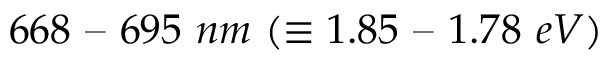
6 6 8 \textrm { -- } 6 9 5 \ n m \ ( \equiv 1 . 8 5 \textrm { -- } 1 . 7 8 \ e V )